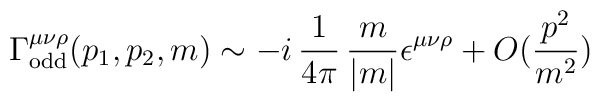
\Gamma_{\rm odd}^{\mu\nu\rho}(p_1,p_2,m)\sim -i\,\frac{1}{4\pi}\,\frac{m}{|m|}\epsilon^{\mu\nu\rho} +O(\frac{p^2}{m^2})